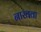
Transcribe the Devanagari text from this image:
नाखवा